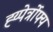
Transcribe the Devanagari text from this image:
ह्य्पेर्त्रोफ्य